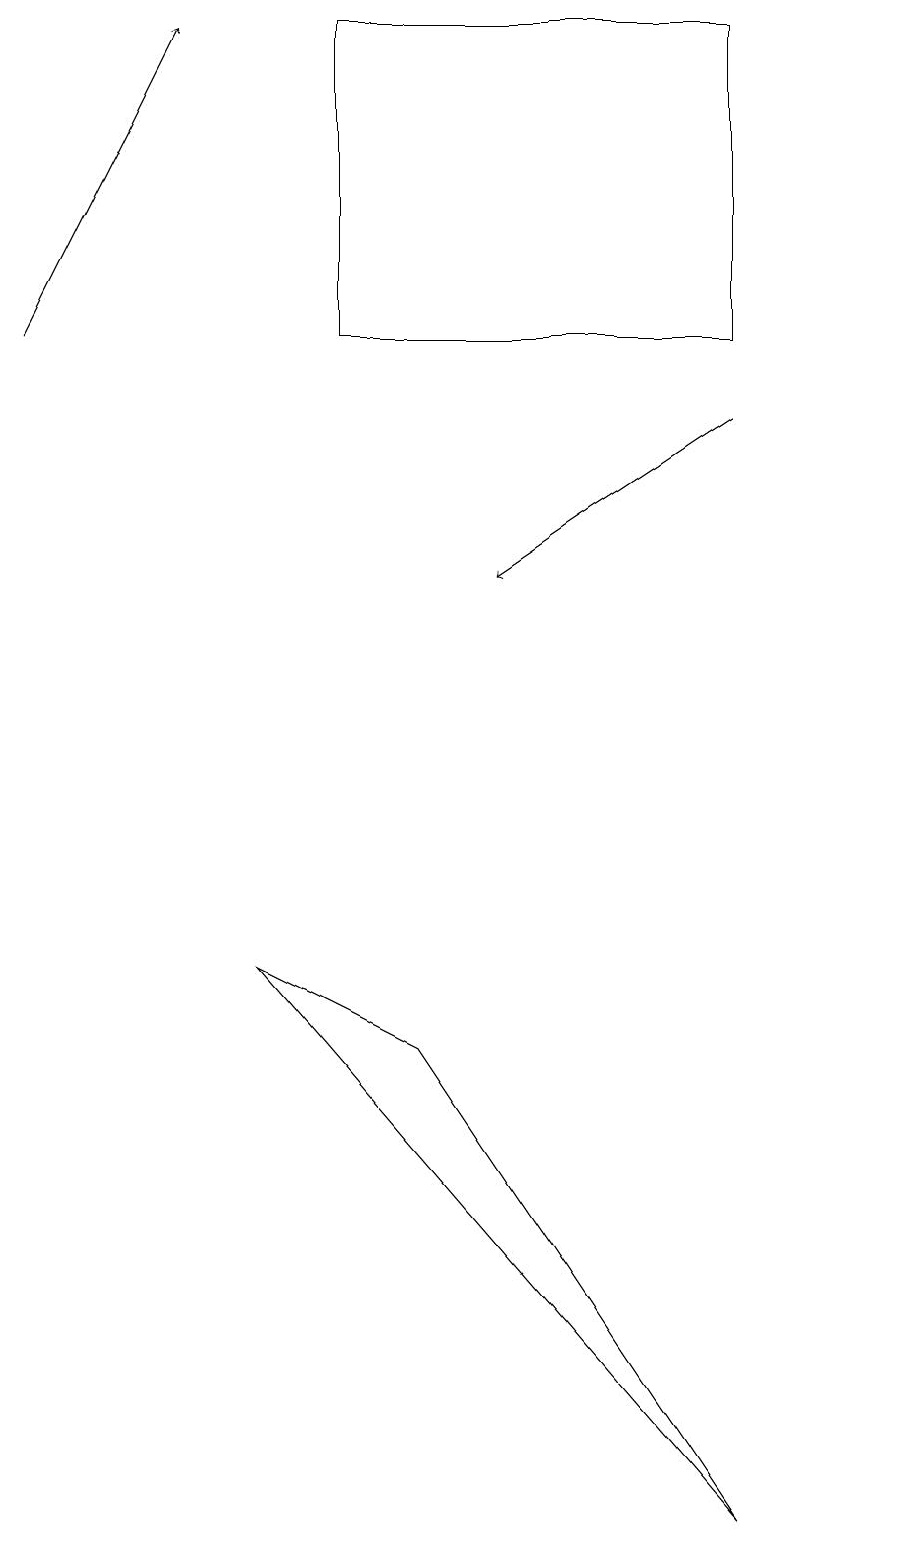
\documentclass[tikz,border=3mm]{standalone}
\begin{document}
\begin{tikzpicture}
\draw (4,15) rectangle (9,19);
\draw (10,11) circle (0);
\draw[->] (0,15) -- (2,19);
\draw (11,10) circle (0);
\draw[->] (9,14) -- (6,12);
\draw (9,0) -- (3,7) -- (5,6) -- cycle;
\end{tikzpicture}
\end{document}